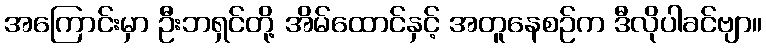
အကြောင်းမှာ ဦးဘရှင်တို့ အိမ်ထောင်နှင့် အတူနေစဉ်က ဒီလိုပါခင်ဗျာ။